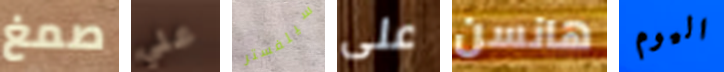
صمغ علي سيلفستر على هانسن اليوم